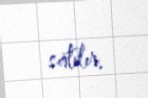
satılır.